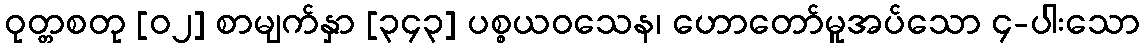
ဝုတ္တစတု [၀၂] စာမျက်နှာ [၃၄၃] ပစ္စယဝသေန၊ ဟောတော်မူအပ်သော ၄-ပါးသော